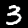
Digit: 3